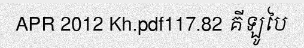
APR 2012 Kh.pdf117.82 គីឡូបៃ